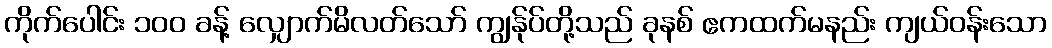
ကိုက်ပေါင်း ၁၀၀ ခန့် လျှောက်မိလတ်သော် ကျွန်ုပ်တို့သည် ခုနစ် ဧကထက်မနည်း ကျယ်ဝန်းသော